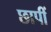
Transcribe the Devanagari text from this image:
छापीं